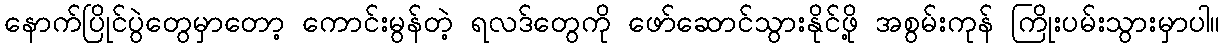
နောက်ပြိုင်ပွဲတွေမှာတော့ ကောင်းမွန်တဲ့ ရလဒ်တွေကို ဖော်ဆောင်သွားနိုင်ဖို့ အစွမ်းကုန် ကြိုးပမ်းသွားမှာပါ။